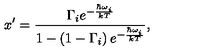
x ^ { \prime } = \frac { \Gamma _ { i } e ^ { - { \frac { \hbar \omega _ { i } } { k T } } } } { 1 - \left( 1 - \Gamma _ { i } \right) e ^ { - { \frac { \hbar \omega _ { i } } { k T } } } } ,